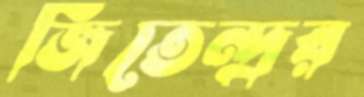
জিতেন্দ্রর